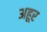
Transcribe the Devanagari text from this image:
अहूर